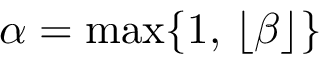
\alpha = \operatorname* { m a x } \{ 1 , \, \lfloor \beta \rfloor \}